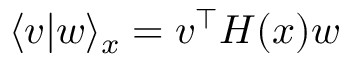
\langle v | w \rangle _ { x } = v ^ { \top } H ( x ) w